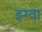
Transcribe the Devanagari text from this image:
झ्ग्वा